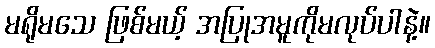
မရိုမသေ ဖြစ်မယ့် အပြုအမူကိုမလုပ်ပါနဲ့။